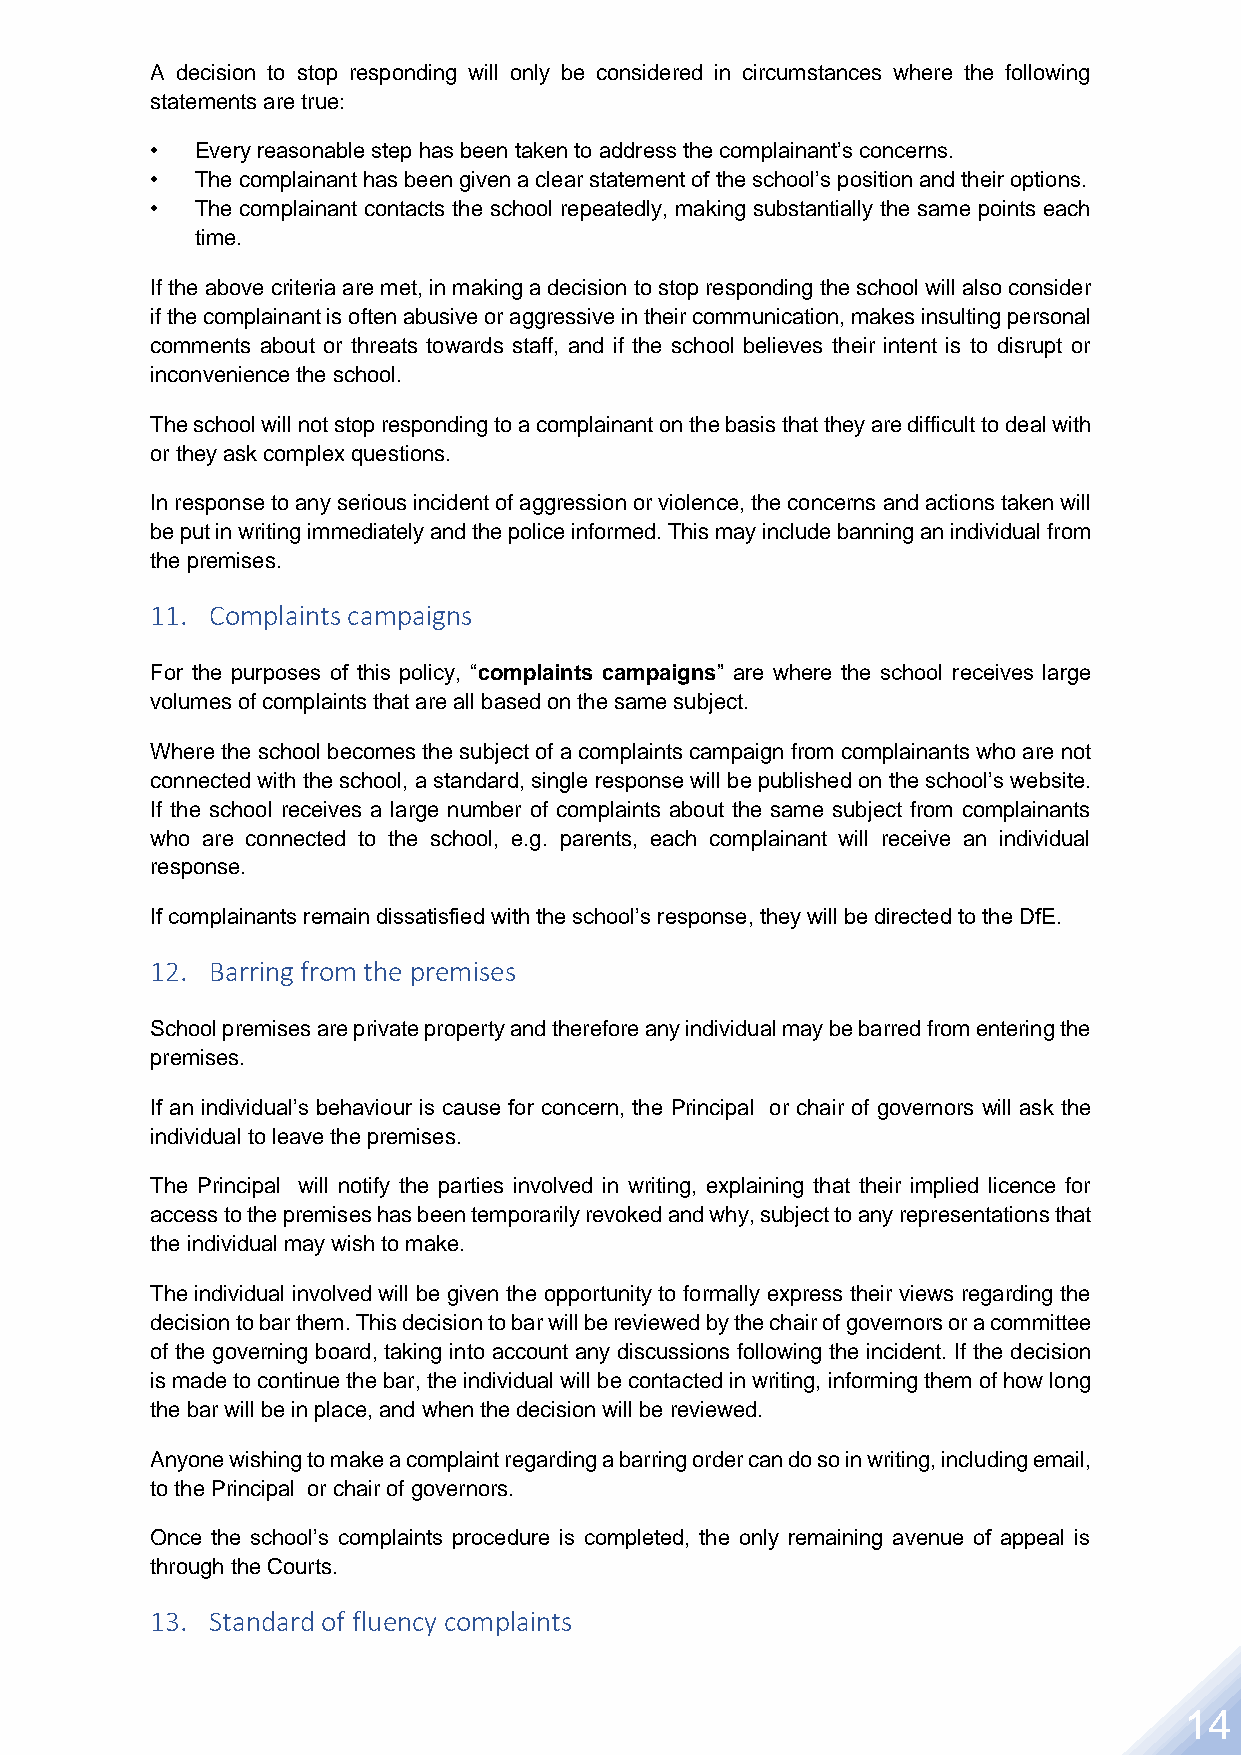
A decision to stop responding will only be considered in circumstances where the following
 statements are true:
 •  Every reasonable step has been taken to address the complainant’s concerns.
 •  The complainant has been given a clear statement of the school’s position and their options.
 •  The complainant contacts the school repeatedly, making substantially the same points each
 time.
 If the above criteria are met, in making a decision to stop responding the school will also consider
 if the complainant is often abusive or aggressive in their communication, makes insulting personal
 comments about or threats towards staff, and if the school believes their intent is to disrupt or
 inconvenience the school.
 The school will not stop responding to a complainant on the basis that they are difficult to deal with
 or they ask complex questions.
 In response to any serious incident of aggression or violence, the concerns and actions taken will
 be put in writing immediately and the police informed. This may include banning an individual from
 the premises.
 11. Complaints campaigns
 For the purposes of this policy, “complaints campaigns” are where the school receives large
 volumes of complaints that are all based on the same subject.
 Where the school becomes the subject of a complaints campaign from complainants who are not
 connected with the school, a standard, single response will be published on the school’s website.
 If the school receives a large number of complaints about the same subject from complainants
 who are connected to the school, e.g. parents, each complainant will receive an individual
 response.
 If complainants remain dissatisfied with the school’s response, they will be directed to the DfE.
 12. Barring from the premises
 School premises are private property and therefore any individual may be barred from entering the
 premises.
 If an individual’s behaviour is cause for concern, the Principal or chair of governors will ask the
 individual to leave the premises.
 The Principal will notify the parties involved in writing, explaining that their implied licence for
 access to the premises has been temporarily revoked and why, subject to any representations that
 the individual may wish to make.
 The individual involved will be given the opportunity to formally express their views regarding the
 decision to bar them. This decision to bar will be reviewed by the chair of governors or a committee
 of the governing board, taking into account any discussions following the incident. If the decision
 is made to continue the bar, the individual will be contacted in writing, informing them of how long
 the bar will be in place, and when the decision will be reviewed.
 Anyone wishing to make a complaint regarding a barring order can do so in writing, including email,
 to the Principal or chair of governors.
 Once the school’s complaints procedure is completed, the only remaining avenue of appeal is
 through the Courts.
 13. Standard of fluency complaints
 14